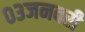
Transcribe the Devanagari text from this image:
०३जनवरी